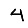
Digit: 4